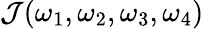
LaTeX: \mathcal{J}(\omega_{1},\omega_{2},\omega_{3},\omega_{4})